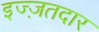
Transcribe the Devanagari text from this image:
इज्ज़तदार